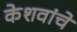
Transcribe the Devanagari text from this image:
केशवांचे